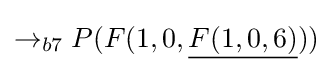
\rightarrow _{b7}P(F(1,0,{\underline {F(1,0,6)}}))